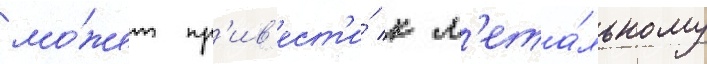
мо́жет пр'ив'ест'и́ к л'ета́льному